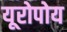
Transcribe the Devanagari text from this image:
यूरोपोय